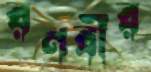
রণবীর